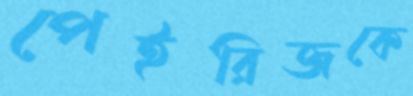
পেইরিজকে